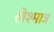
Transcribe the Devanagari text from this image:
लेश्मात्र